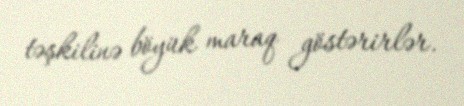
təşkilinə böyük maraq göstərirlər.